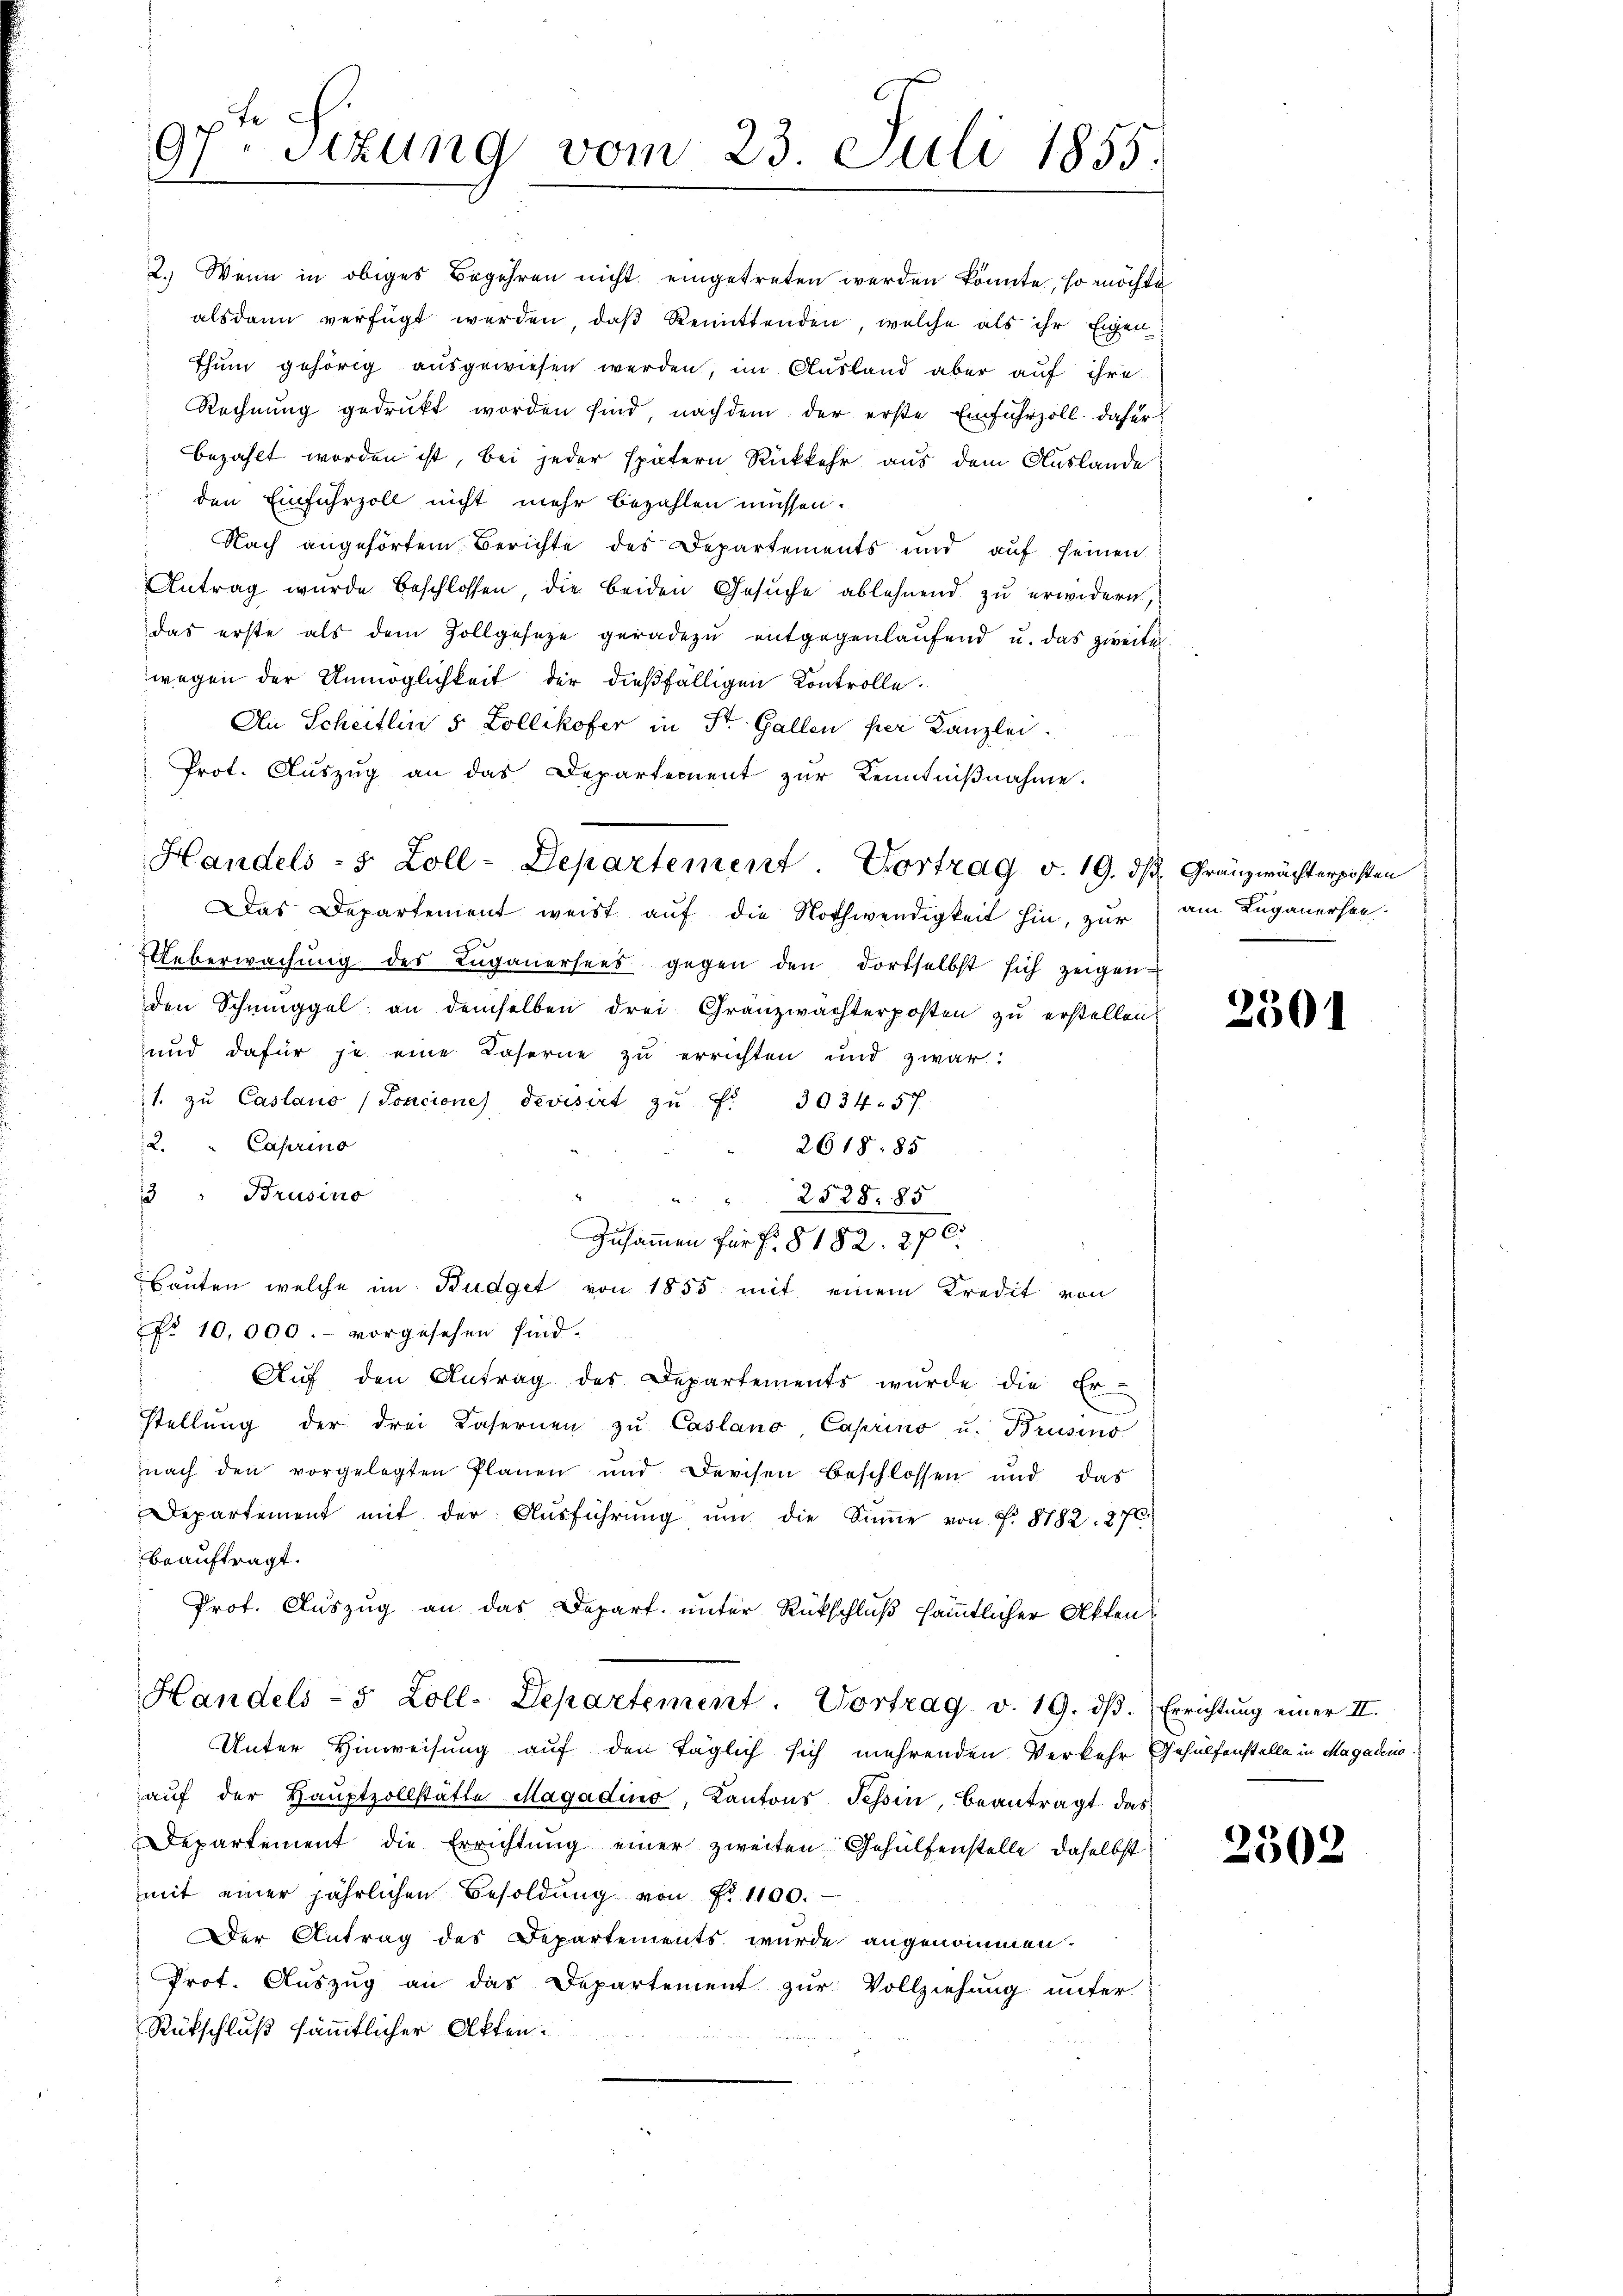
97. Sitzung vom 23. Juli 1855.

Das Departement weist auf die Nothwendigkeit hin, zur am Luganersen¬
Ueberwachŭng des Luganersees gegen den dortselbst sich zeigen
den Schmuggel: an demselben drei Gränzwächterposten zu erstellen
und dafür je eine Laserne zu errichten und zwar:
1. zŭ Casano (Soncione devisirt zŭ f. 3034. 57
2. " Caprino
2618. 85
3 " Brusino
2528. 85
Zusammen für f. § 182. 870.
Bauten welche im Budget von 1855 mit einem Kredit von
No. 10,000.- vorgesehen sind.
Aŭf den Antrag des Departements wurde die Er-
stellŭng der drei Kasernen zŭ Casland Caprino u. Brusins
nach den vorgelegten Planen und Derchen Beschlossen und das
Departement mit der Aŭsführŭng ŭm die Summe von f. 8182. 276
beauftragt.
Prof. Auszug an das Depart. unter Rückschluß sämmtlicher Aktens
Handels- 5 Zoll- Departement. Vortrag v. 19. dβ. Errichtŭng einer II.
Unter Hinweisung auf den täglich sich mehrenden Verkehr Gehülfenstelle in Magadens
aŭf der Haŭptzollstätte Magadino, Kantons Tessin, beantragt das
Departement die Errichtung einer zweiten Gehülfenstelle, daselbst
mit einer jährlichen Besoldŭng von Fr. 1100.
Der Antrag des Departements wurde angenommen.
Prot. Auszug an das Departement zur Vollziehung unter
Rückschluß sämmtlicher Akten.

2.) Wenn in obiges Begehren nicht eingetreten werden könnte, so möchte
alsdann verfügt werden, daß Remittenden, welche als ihr Eigen
thum gehörig ausgewiesen werden, im Ausland aber auf ihre
Rechnung gedruckt worden sind, nachdem der erste Einfuhrzoll dafür
bezahlt worden ist, bei jeder spätern Rückkehr aus dem Auslande
 den Einfuhrzoll nicht mehr bezahlen müssen.
Nach angehörtem Berichte des Departements und aŭf seinen
Antrag wurde beschlossen, die beiden Gesŭche ablehnend zu erwidern,
das erste als dem Zollgesetze geradezu entgegenlaufend u. das zweiter.
wegen der Unmöglichkeit der dießfälligen Controlle.
An Scheitlin 5 Zollikofer in St. Gallen per Kanzlei.
Prot. Aŭszŭg an das Departement zŭr Kenntniβnahme.

Handels - 5 Zoll-Departement. Vortrag v. 19. ds. Gränzwächterposten

2301

2302